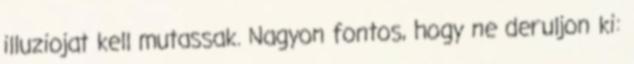
illuziojat kell mutassak. Nagyon fontos, hogy ne deruljon ki: